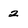
Character: 2